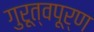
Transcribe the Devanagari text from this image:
गुरूत्वपूर्ण